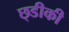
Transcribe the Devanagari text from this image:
छ्डीकी